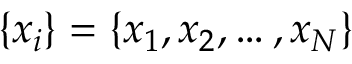
\{ x _ { i } \} = \{ x _ { 1 } , x _ { 2 } , \ldots , x _ { N } \}